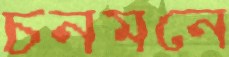
চনমনে